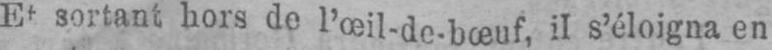
Et sortant hors de l’œil-de-bœuf, il s’éloigna en